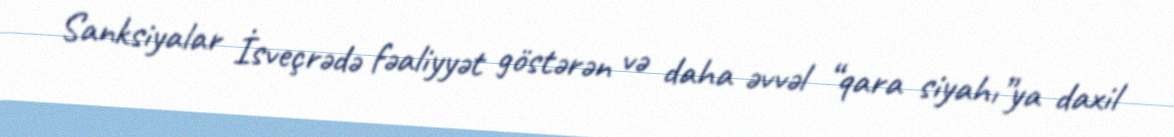
Sanksiyalar İsveçrədə fəaliyyət göstərən və daha əvvəl “qara siyahı”ya daxil